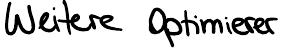
Weitere Optimierer